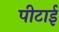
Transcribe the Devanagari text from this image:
पीटाई